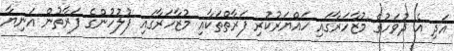
އަދި އެ ދުވަހުގެ މުޒާހަރާގައި ހައްޔަރުކުރި ފަރާތްތަކާއި މުޒާހަރާގައި ފުލުހުންގެ ފަރާތުން އަނިޔާ